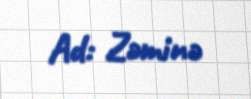
Ad: Zəminə